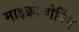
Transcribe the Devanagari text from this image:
माइक्रोज़ोनिंग